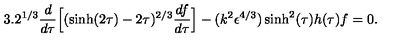
3 . 2 ^ { 1 / 3 } \frac { d } { d \tau } \Big [ ( \sinh ( 2 \tau ) - 2 \tau ) ^ { 2 / 3 } \frac { d f } { d \tau } \Big ] - ( k ^ { 2 } \epsilon ^ { 4 / 3 } ) \sinh ^ { 2 } ( \tau ) h ( \tau ) f = 0 .